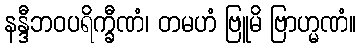
နန္ဒီဘဝပရိက္ခီဏံ၊ တမဟံ ဗြူမိ ဗြာဟ္မဏံ။